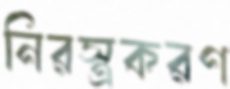
নিরস্ত্রকরণ